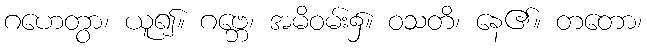
ဂဟေတွာ၊ ယူ၍။ ဂဗ္ဘေ၊ အမိဝမ်း၌။ ဝသတိ၊ နေ၏။ တတော၊